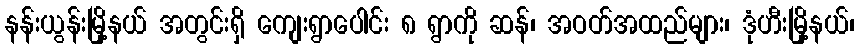
နန်းယွန်းမြို့နယ် အတွင်းရှိ ကျေးရွာပေါင်း ၈ ရွာကို ဆန်၊ အဝတ်အထည်များ၊ ဒုံဟီးမြို့နယ်၊